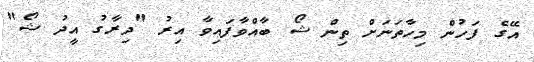
އޭގެ ފަހުން މިހާތަނަށް ތިން ޝޯ ބާއްވާފައިވާ އިރު "ދިރާގު އީދު ޝޯ"